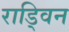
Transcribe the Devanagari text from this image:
राड्विन